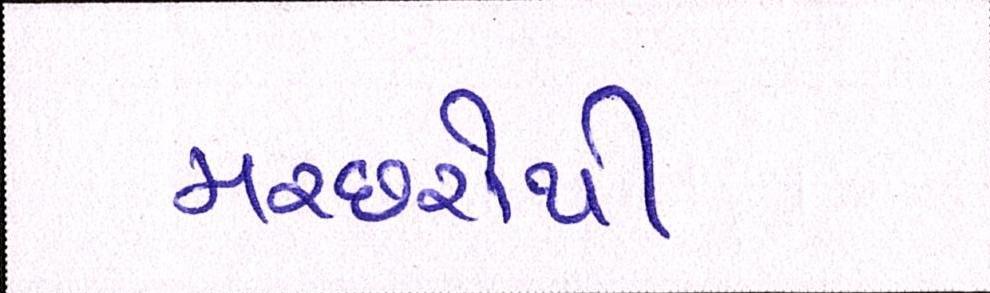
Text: મચ્છરોથી